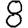
Digit: 8